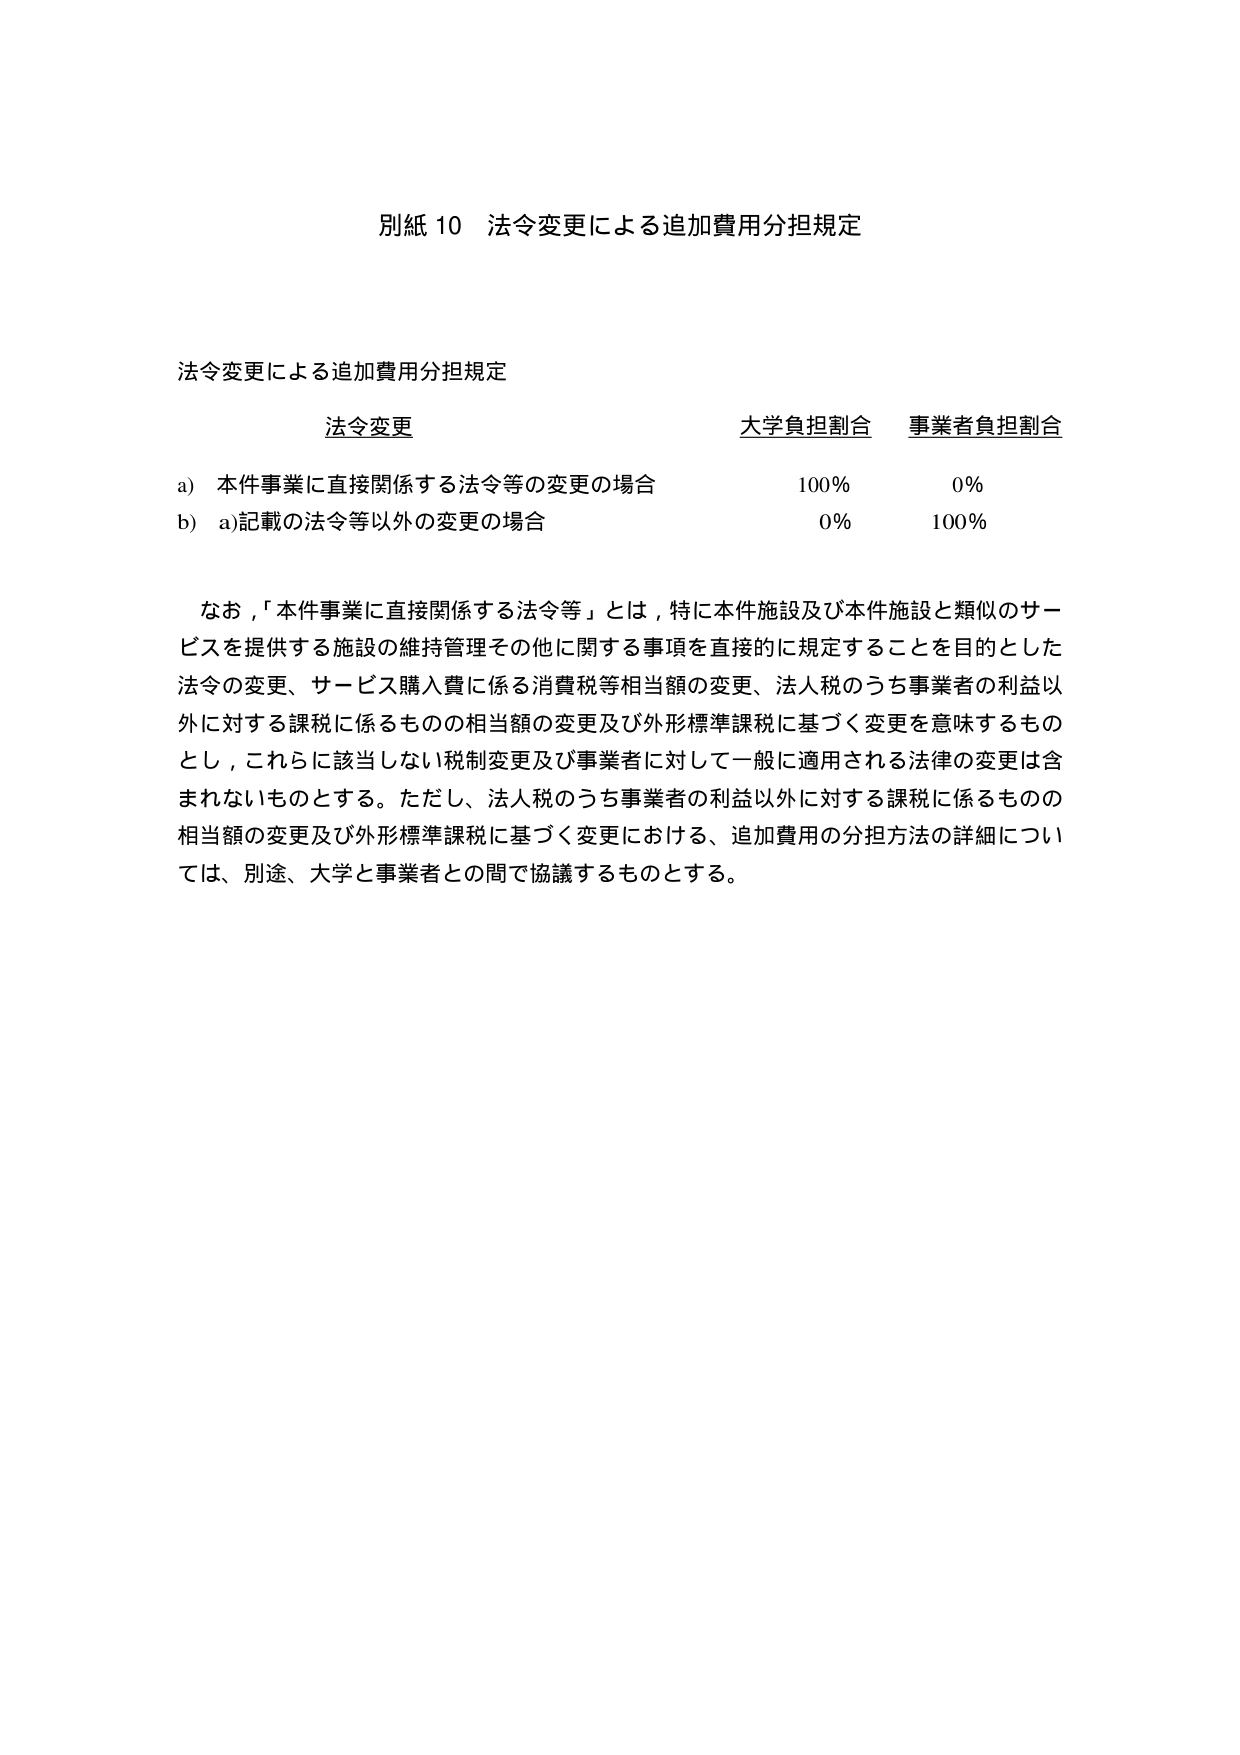
別紙 10 法令変更による追加費用分担規定

法令変更による追加費用分担規定

法令変更　　　　　　　　　　　大学負担割合　　　事業者負担割合
a) 本件事業に直接関係する法令等の変更の場合　　　　　100%　　　　　　0%
b) a)記載の法令等以外の変更の場合　　　　　　　　　　0%　　　　　　100%

なお、「本件事業に直接関係する法令等」とは、特に本件施設及び本件施設と類似のサービスを提供する施設の維持管理その他に関する事項を直接的に規定することを目的とした法令の変更、サービス購入費に係る消費税等相当額の変更、法人税のうち事業者の利益以外に対する課税に係るものの相当額の変更及び外形標準課税に基づく変更を意味するものとし、これらに該当しない税制変更及び事業者に対して一般に適用される法律の変更は含まれないものとする。ただし、法人税のうち事業者の利益以外に対する課税に係るものの相当額の変更及び外形標準課税に基づく変更における、追加費用の分担方法の詳細については、別途、大学と事業者との間で協議するものとする。